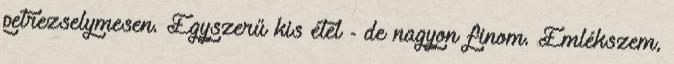
petrezselymesen. Egyszerű kis étel - de nagyon finom. Emlékszem,